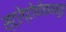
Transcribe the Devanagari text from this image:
स्ट्रेप्टोकोकसमुळे